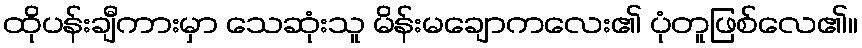
ထိုပန်းချီကားမှာ သေဆုံးသူ မိန်းမချောကလေး၏ ပုံတူဖြစ်လေ၏။